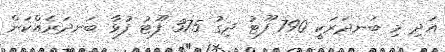
އަދި މި ބަނދަރަކީ 790 ފޫޓު ދިގު 375 ފޫޓު ފުޅާ ބަނދަރެއްކަން